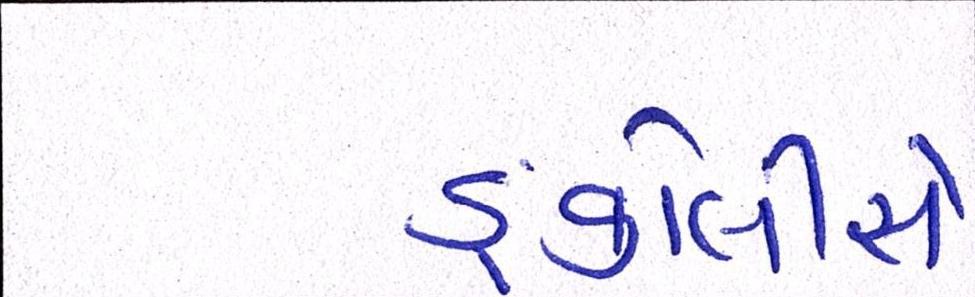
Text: ઙ્કોલીસે